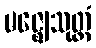
မဇ္ဈေသုတ္တံ